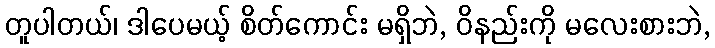
တူပါတယ်၊ ဒါပေမယ့် စိတ်ကောင်း မရှိဘဲ, ဝိနည်းကို မလေးစားဘဲ,